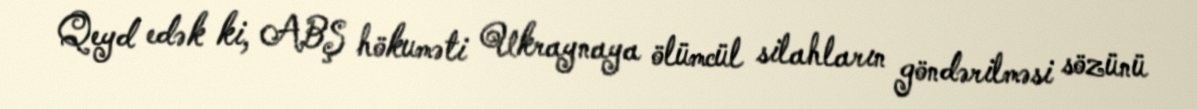
Qeyd edək ki, ABŞ hökuməti Ukraynaya ölümcül silahların göndərilməsi sözünü